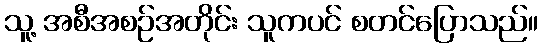
သူ့ အစီအစဉ်အတိုင်း သူကပင် စတင်ပြောသည်။